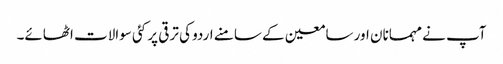
آپ نے مہمانان اور سامعین کے سامنے اردو کی ترقی پر کئی سوالات اٹھائے۔